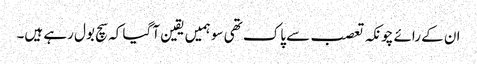
ان کے رائے چونکہ تعصب سے پاک تھی سو ہمیں یقین آ گیا کہ سچ بول رہے ہیں۔